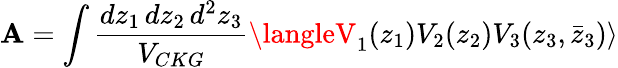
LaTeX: \mathbf{A}=\int\frac{{dz_{1}\, dz_{2}\, d^{2}z_{3}}}{{V_{CKG}}}\langleV_{1}(z_{1})V_{2}(z_{2})V_{3}(z_{3},\bar{{z}}_{3})\rangle